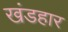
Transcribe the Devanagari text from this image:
खंडहार